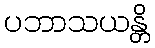
ပဘာသယန္တိ